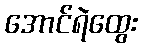
အောင်ရဲထွေး